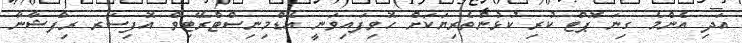
އަދި އެންމެ ގިނަ ޕޮޓް ކުރި ކުޅުންތެރިޔަކަށް ހޮވިފައިވަނީ އެޑްމިނިސްޓްރޭޓިވް އޮފިސަރ ރިފްޝާނާ